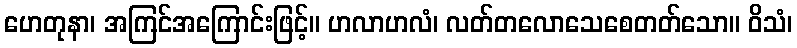
ဟေတုနာ၊ အကြင်အကြောင်းဖြင့်။ ဟလာဟလံ၊ လတ်တလောသေစေတတ်သော။ ဝိသံ၊